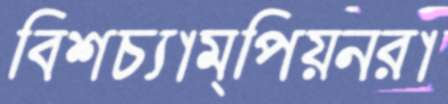
বিশ্বচ্যাম্পিয়নরা